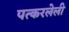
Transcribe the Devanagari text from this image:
पत्करलेली